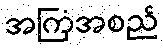
အကြံအစည်